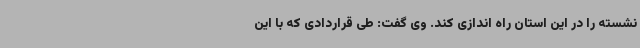
نشسته را در این استان راه اندازی کند. وی گفت: طی قراردادی که با این